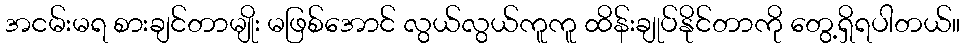
အငမ်းမရ စားချင်တာမျိုး မဖြစ်အောင် လွယ်လွယ်ကူကူ ထိန်းချုပ်နိုင်တာကို တွေ့ရှိရပါတယ်။